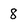
Character: 8